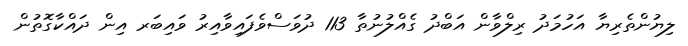
ލިޔުންތެރިޔާ އަހުމަދު ރިލްވާން އަބްދު ގެއްލުނުތާ 113 ދުވަސްވެފައިވާއިރު ވައިބަރ އިން ދައްކާގޮތުން